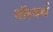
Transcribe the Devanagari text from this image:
बॉस्वर्थ